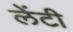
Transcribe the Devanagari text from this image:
लेंटी